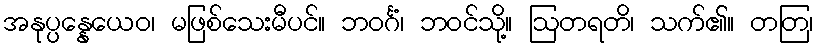
အနုပ္ပန္နေယေဝ၊ မဖြစ်သေးမီပင်။ ဘဝင်္ဂံ၊ ဘဝင်သို့။ ဩတရတိ၊ သက်၏။ တတြ၊